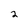
Character: 2